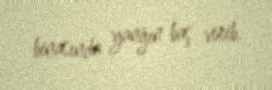
binasında yanğın baş verib.